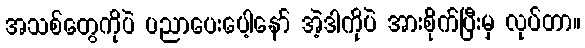
အသစ်တွေကိုပဲ ပညာပေးပေါ့နော် အဲ့ဒါကိုပဲ အားစိုက်ပြီးမှ လုပ်တာ။